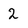
Character: 2